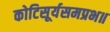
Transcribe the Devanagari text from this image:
कोटिसूर्यसमप्रभ॥